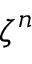
\zeta ^ { n }